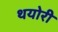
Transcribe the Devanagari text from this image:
थयोरी